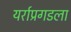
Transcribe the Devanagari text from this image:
यर्राप्रगडला